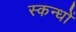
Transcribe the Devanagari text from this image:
स्कन्धों